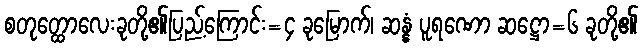
စတုတ္ထောလေးခုတို့၏ပြည့်ကြောင်း=၄ ခုမြောက်၊ ဆန္နံ ပူရဏော ဆဋ္ဌော=၆ ခုတို့၏